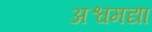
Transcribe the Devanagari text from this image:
अश्वमद्या